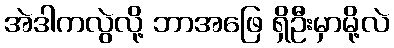
အဲဒါကလွဲလို့ ဘာအဖြေ ရှိဦးမှာမို့လဲ